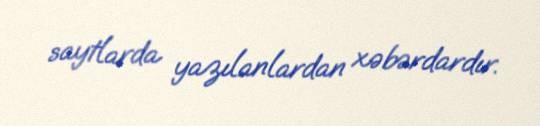
saytlarda yazılanlardan xəbərdardır.